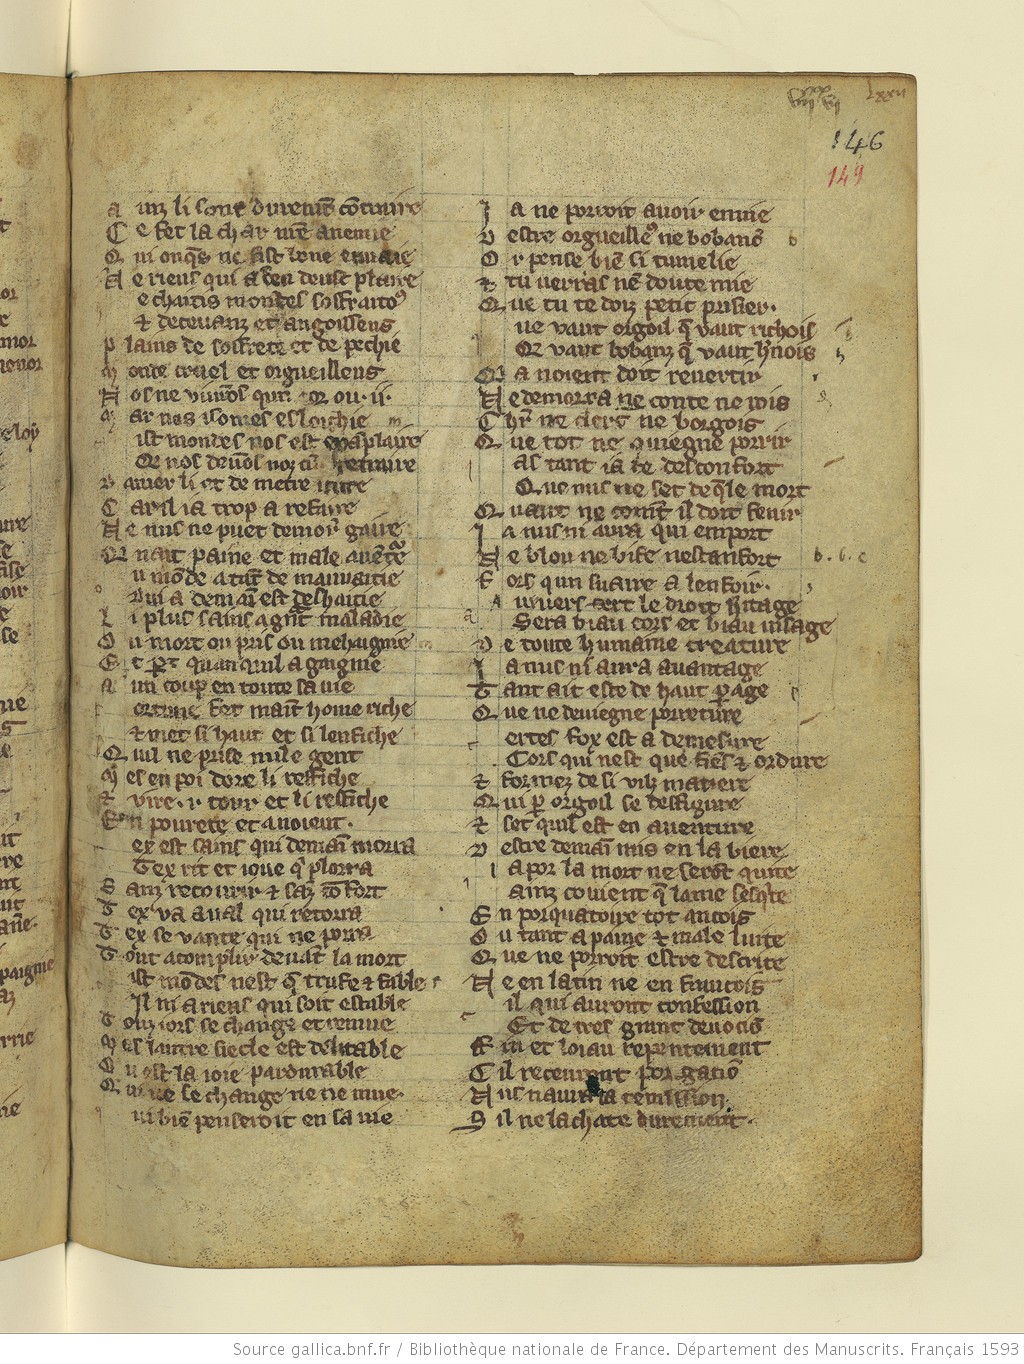
Shelfmark: Paris, BnF, fr. 1593
Century: 13